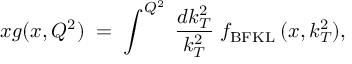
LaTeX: x g ( x , Q ^ { 2 } ) \; = \; \int ^ { Q ^ { 2 } } \; \frac { d k _ { T } ^ { 2 } } { k _ { T } ^ { 2 } } \; f _ { \mathrm { B F K L } } \: ( x , k _ { T } ^ { 2 } ) ,